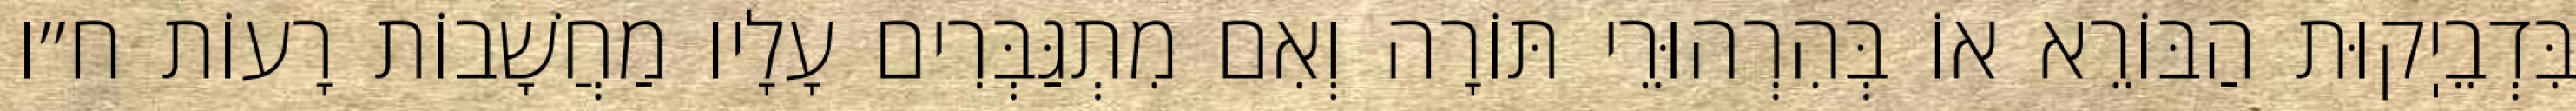
בִּדְבֵיֽקוּת הַבּוֹרֵא אוֹ בְּהִרְהוּרֵי תּוֹרָה וְאִם מִתְגַּבְּרִים עָלָיו מַחֲשָׁבוֹת רָעוֹת ח״ו